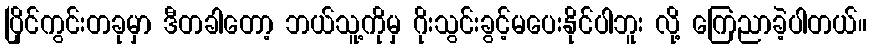
ပြိုင်ကွင်းတခုမှာ ဒီတခါတော့ ဘယ်သူ့ကိုမှ ဂိုးသွင်းခွင့်မပေးနိုင်ပါဘူး လို့ ကြေညာခဲ့ပါတယ်။